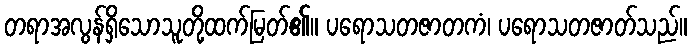
တရာအလွန်ရှိသောသူတို့ထက်မြတ်၏။ ပရောသတဇာတကံ၊ ပရောသတဇာတ်သည်။